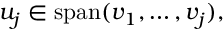
u _ { j } \in \operatorname { s p a n } ( v _ { 1 } , \ldots , v _ { j } ) ,